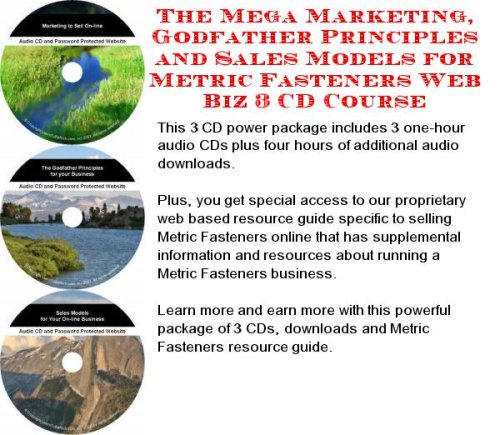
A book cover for The Mega Marketing, Godfather Principles and Sales Models for Metric Fasteners Web Biz 3 CD Course; Don Z Jones; Computers & Technology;